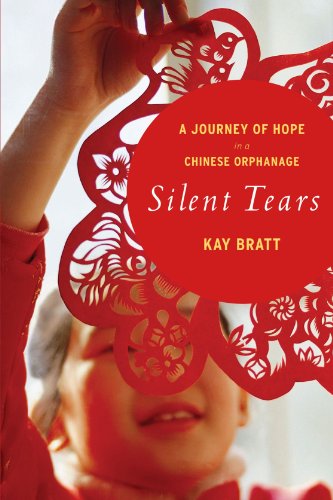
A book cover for Silent Tears: A Journey of Hope in a Chinese Orphanage; Kay Bratt; Biographies & Memoirs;